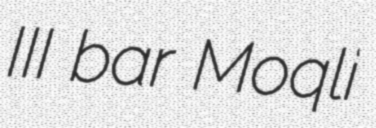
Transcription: III bar Moqli